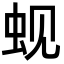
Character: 蚬